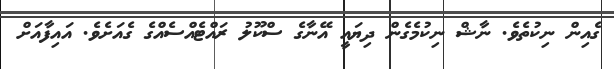
ގެއިން ނިކުތެވެ. ނާޝް ނިކުމެގެން ދިޔައީ އޭނާގެ ސްކޫލު ރައްޓެއްސެއްގެ ގެއަށެވެ. އައިފާއަށް